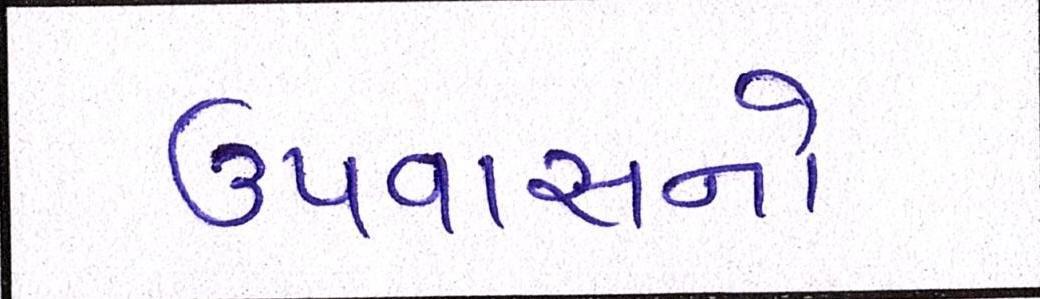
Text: ઉપવાસનો